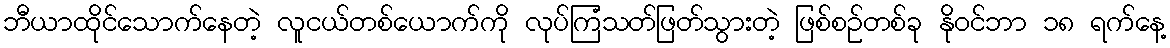
ဘီယာထိုင်သောက်နေတဲ့ လူငယ်တစ်ယောက်ကို လုပ်ကြံသတ်ဖြတ်သွားတဲ့ ဖြစ်စဉ်တစ်ခု နိုဝင်ဘာ ၁၈ ရက်နေ့